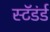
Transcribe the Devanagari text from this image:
स्टॅडंर्ड